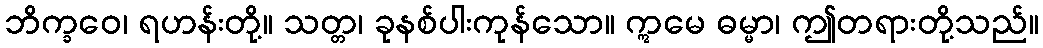
ဘိက္ခဝေ၊ ရဟန်းတို့။ သတ္တ၊ ခုနစ်ပါးကုန်သော။ ဣမေ ဓမ္မာ၊ ဤတရားတို့သည်။